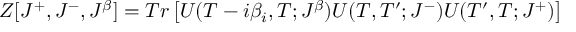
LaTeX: Z [ J ^ { + } , J ^ { - } , J ^ { \beta } ] = T r \left[ U ( T - i \beta _ { i } , T ; J ^ { \beta } ) U ( T , T ^ { \prime } ; J ^ { - } ) U ( T ^ { \prime } , T ; J ^ { + } ) \right]